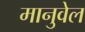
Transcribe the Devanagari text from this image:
मानुवेल